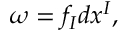
\omega = f _ { I } d x ^ { I } ,